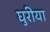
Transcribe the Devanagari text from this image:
घुरीया